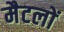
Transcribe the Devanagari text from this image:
मैटलों